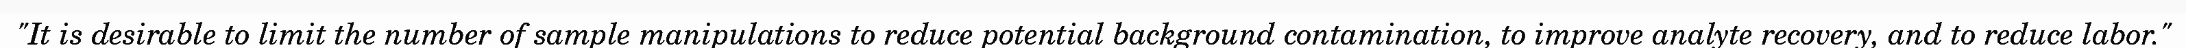
"It is desirable to limit the number of sample manipulations to reduce potential background contamination, to improve analyte recovery, and to reduce labor."